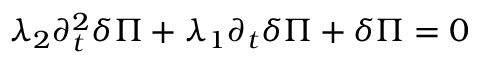
\lambda _ { 2 } \partial _ { t } ^ { 2 } \delta \Pi + \lambda _ { 1 } \partial _ { t } \delta \Pi + \delta \Pi = 0